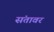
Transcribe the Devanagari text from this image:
संतावर